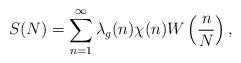
LaTeX: \begin{align*}S(N)=\sum_{n=1}^{\infty}\lambda_g(n)\chi(n)W\left(\frac{n}{N}\right),\end{align*}